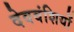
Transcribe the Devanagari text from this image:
देववंशियों